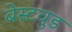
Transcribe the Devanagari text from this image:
बेस्टवुड